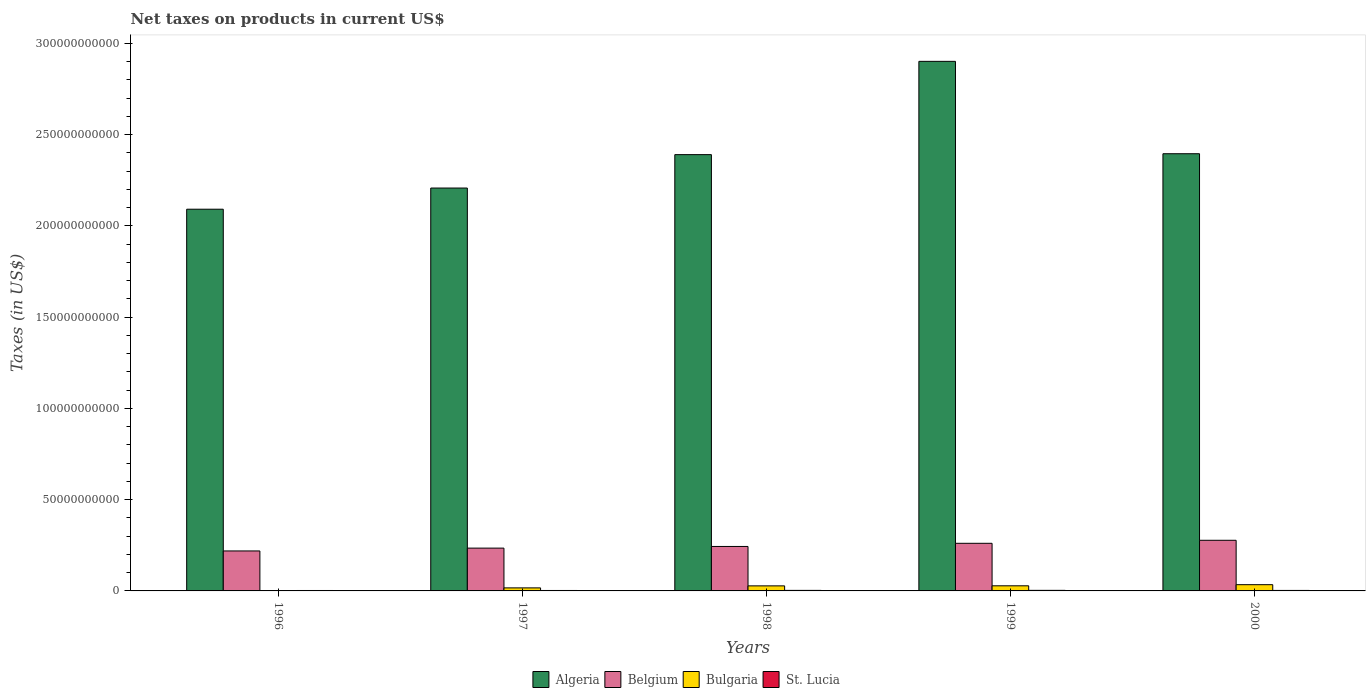
| Years | Algeria | Belgium | Bulgaria | St. Lucia |
 | --- | --- | --- | --- | --- |
 | 1996 | 2.09e+11 | 2.19e+10 | 1.82e+08 | 2.35e+08 |
 | 1997 | 2.21e+11 | 2.34e+10 | 1.66e+09 | 2.4e+08 |
 | 1998 | 2.39e+11 | 2.44e+10 | 2.77e+09 | 2.94e+08 |
 | 1999 | 2.9e+11 | 2.61e+10 | 2.8e+09 | 3.11e+08 |
 | 2000 | 2.4e+11 | 2.77e+10 | 3.42e+09 | 2.73e+08 |